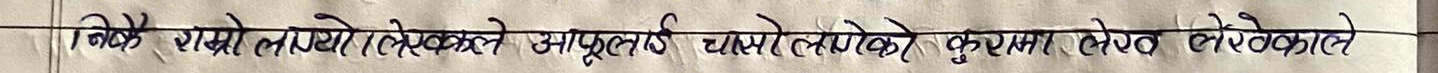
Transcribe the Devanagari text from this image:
निको राखे लाग्यो ले लेखेको ले आफुल्लाई चलायो को कुरामा लेख लेखेकाले